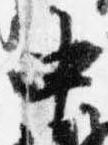
中